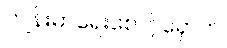
ကျန်းမာရေးစောင့်ရှောက်